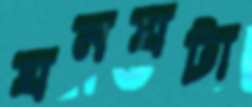
ঘনঘটা